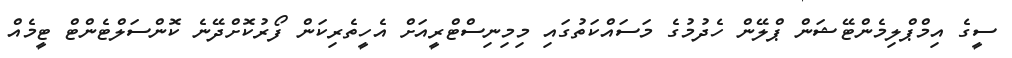
ސީގެ އިމްޕްލިމެންޓޭޝަން ޕްލޭން ހެދުމުގެ މަސައްކަތުގައި މިމިނިސްޓްރީއަށް އެހީތެރިކަން ފޯރުކޮށްދޭނެ ކޮންސަލްޓެންޓް ޓީމެއް